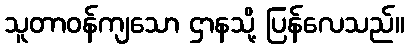
သူတာဝန်ကျသော ဌာနသို့ ပြန်လေသည်။